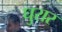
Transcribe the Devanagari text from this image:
घुरार